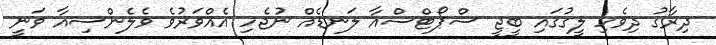
ދިރާގު ދިވެހި ލީގުގައި ބީޖީ ސްޕޯޓްސްއާ ލަނޑެއް ނުޖެހި އެއްވަރުވެ ވެލެންސިއާ ވަނީ